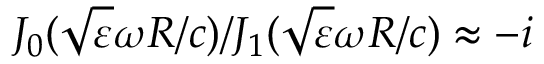
J _ { 0 } ( \sqrt { \varepsilon } \omega R / c ) / J _ { 1 } ( \sqrt { \varepsilon } \omega R / c ) \approx - i